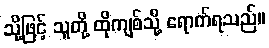
သို့ဖြင့် သူတို့ ထိုကျစ်သို့ ရောက်ရသည်။